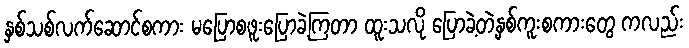
နှစ်သစ်လက်ဆောင်စကား မပြောစဖူးပြောခဲ့ကြတာ ထူးသလို ပြောခဲ့တဲ့နှစ်ကူးစကားတွေ ကလည်း